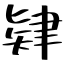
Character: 肄